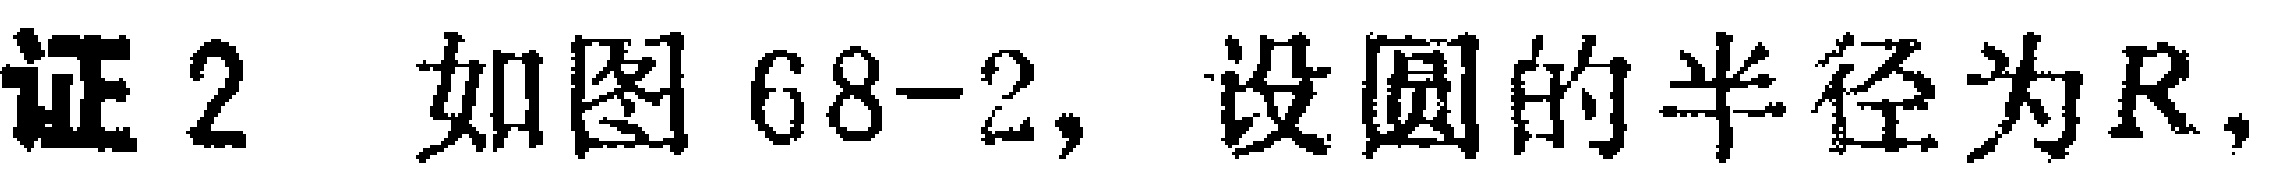
证2 如图68-2，设圆的半径为\(R\)，